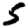
Digit: 5